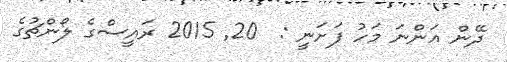
ދޭން އަންނަ މަހު ފަށަނީ :  20